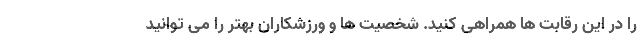
را در این رقابت ها همراهی کنید. شخصیت ها و ورزشکاران بهتر را می توانید